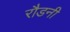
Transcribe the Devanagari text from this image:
रौडनी